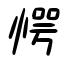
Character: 愕